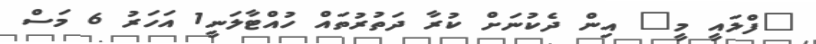
"ފްލައީ މީ" އިން ދެކުނަށް ކުރާ ދަތުރުތައް ހުއްޓާލަނީ1 އަހަރު 6 މަސް